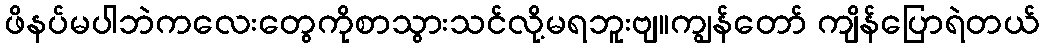
ဖိနပ်မပါဘဲကလေးတွေကိုစာသွားသင်လို့မရဘူးဗျ။ကျွန်တော် ကျိန်ပြောရဲတယ်